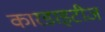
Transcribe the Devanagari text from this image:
कारडाइटीज